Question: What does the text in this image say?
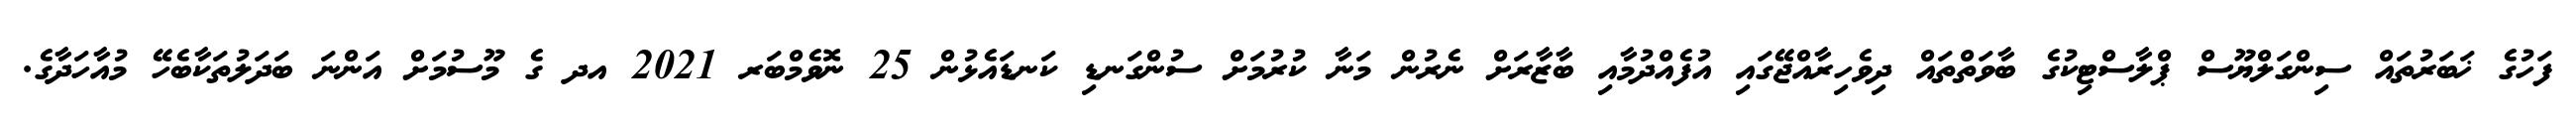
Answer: ފަހުގެ ޚަބަރުތައް ސިންގަލްޔޫސް ޕްލާސްޓިކުގެ ބާވަތްތައް ދިވެހިރާއްޖޭގައި އުފެއްދުމާއި ބާޒާރަށް ނެރުން މަނާ ކުރުމަށް ސުންގަނޑި ކަނޑައެޅުން 25 ނޮވެމްބަރ 2021 އދ ގެ މޫސުމަށް އަންނަ ބަދަލުތަކާބެހޭ މުއާހަދާގެ.